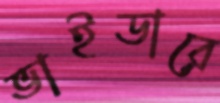
ভাইডারে